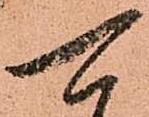
可